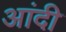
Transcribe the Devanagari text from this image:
आंदी